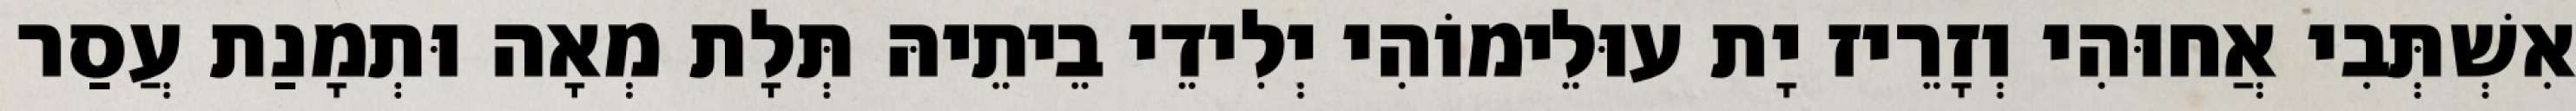
אִשְׁתְּבִי אֲחוּהִי וְזָרֵיז יָת עוּלֵימוֹהִי יְלִידֵי בֵיתֵיהּ תְּלָת מְאָה וּתְמָנַת עֲסַר